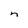
Character: n